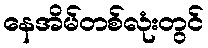
နေအိမ်တစ်လုံးတွင်